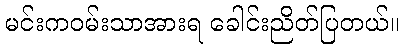
မင်းကဝမ်းသာအားရ ခေါင်းညိတ်ပြတယ်။